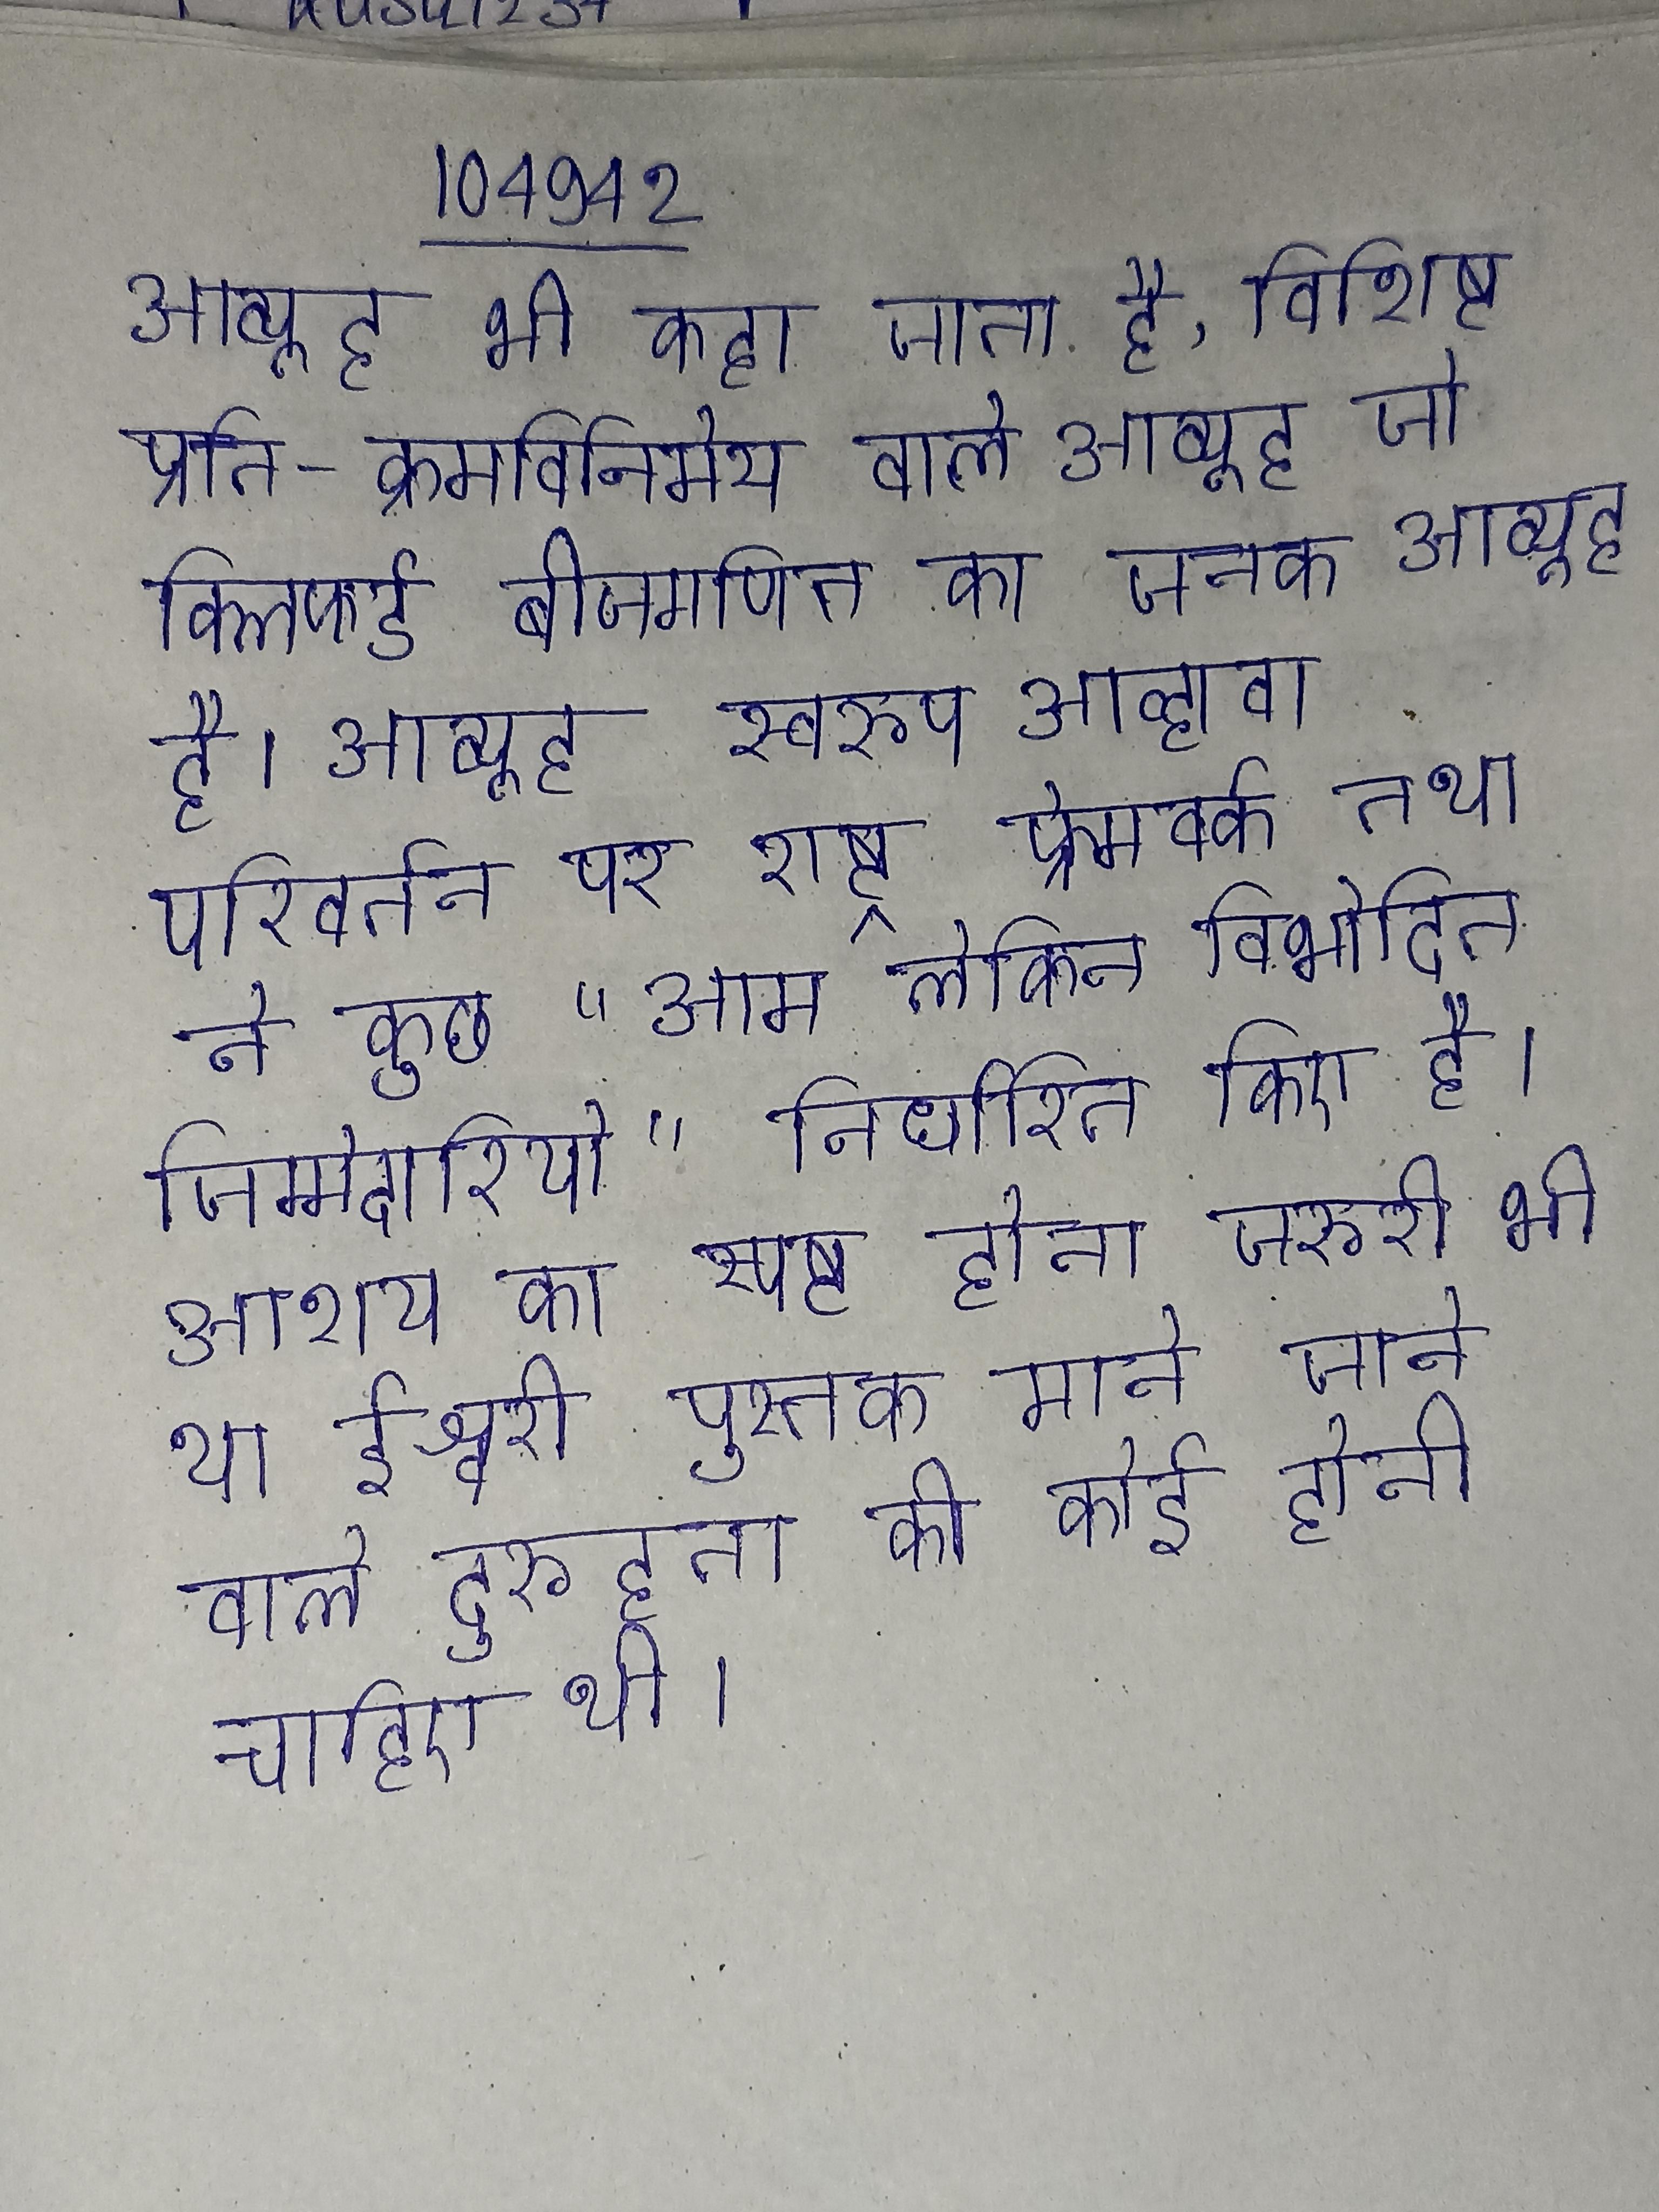
आव्यूह भी कहा जाता है, विशिष्ट प्रति-क्रमविनिमेय वाले आव्यूह जो क्लिफर्ड बीजगणित का जनक आव्यूह है । आव्यूह स्वरूप आव्हावा परिवर्तन पर राष्ट्र फ्रेमवर्क तथा ने कुछ "आम लेकिन विभेदित जिम्मेदारियो" निर्धारित किए है । आशय का स्पष्ट होना जरूरी भी था ईश्वरी पुस्तक माने जाने वाले दुरूहता की कोई होनी चाहिए थी ।